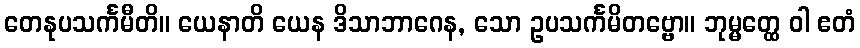
တေနုပသင်္ကမီတိ။ ယေနာတိ ယေန ဒိသာဘာဂေန, သော ဥပသင်္ကမိတဗ္ဗော။ ဘုမ္မတ္ထေ ဝါ ဧတံ